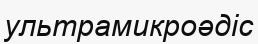
ультрамикроәдіс